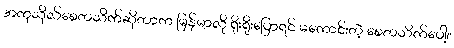
အကုသိုလ်စေတသိက်ဆိုတာက မြန်မာလို ရိုးရိုးပြောရင် မကောင်းတဲ့ စေတသိက်ပေါ့။